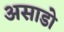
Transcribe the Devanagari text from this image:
असाडो